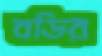
বডির